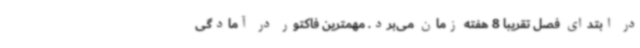
در ابتدای فصل تقریبا 8 هفته زمان می‌برد. مهمترین فاکتور در آمادگی